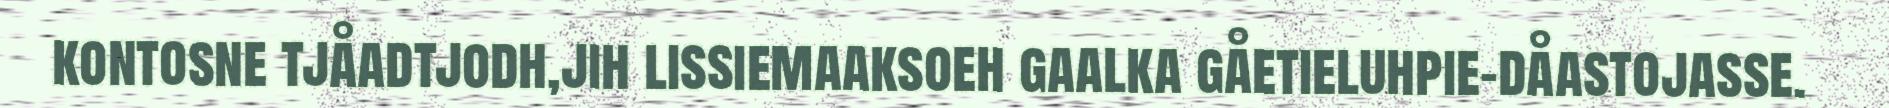
kontosne tjåadtjodh,jih lissiemaaksoeh gaalka gåetieluhpie-dåastojasse.